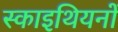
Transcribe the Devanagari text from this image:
स्काइथियनों